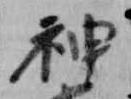
神